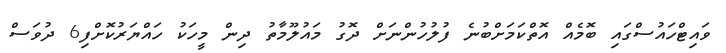
ވައިޓްހައުސްގައި ބޮމެއް އޮތްކަމަށްބުނެ ފުލުހުންނަށް ދޮގު މައުލޫމާތު ދިން މީހަކު ހައްޔަރުކޮށްފި6 ދުވަސް